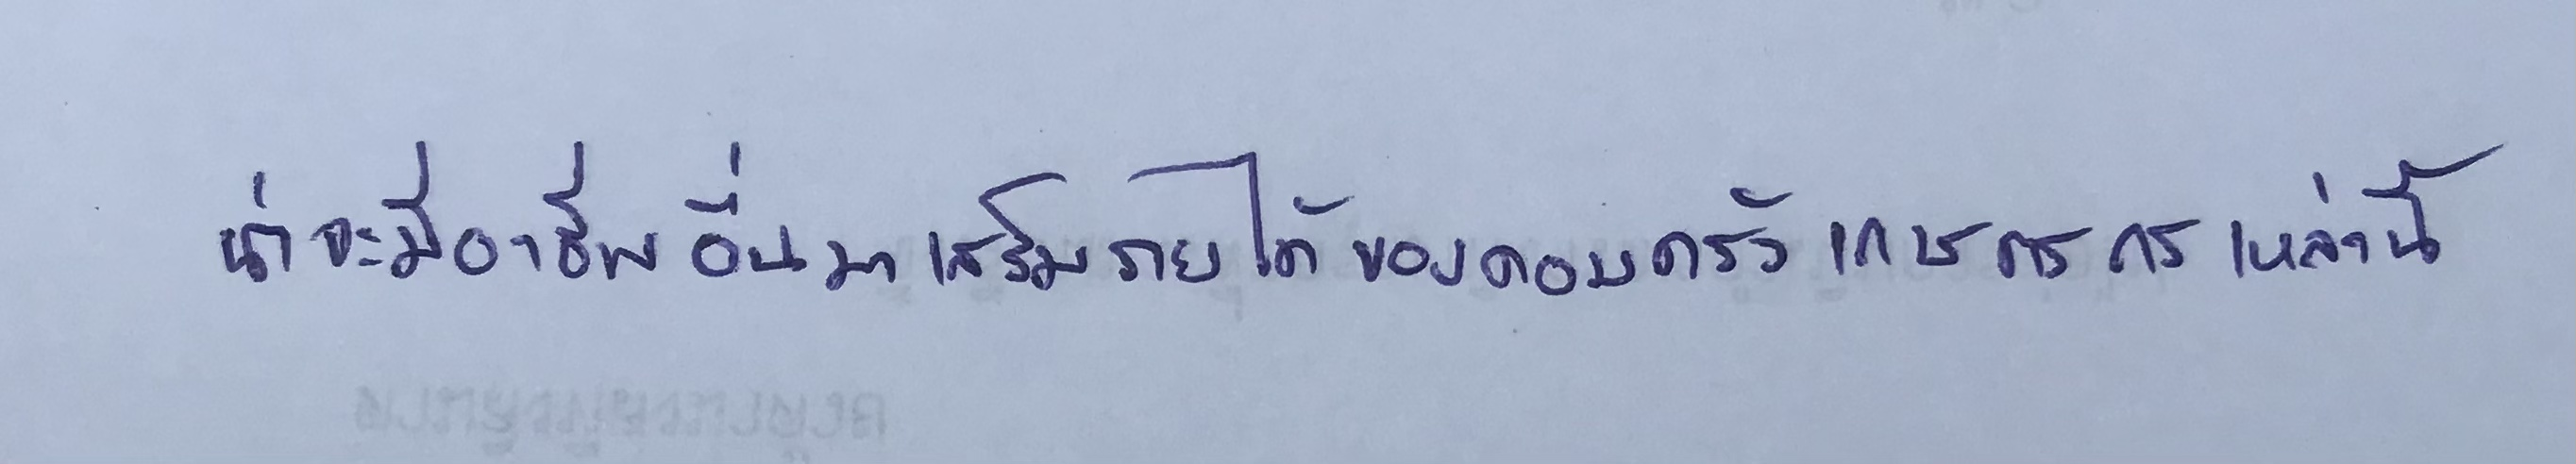
น่าจะมีอาชีพอื่นมาเสริมรายได้ของครอบครัวเกษตรกรเหล่านี้